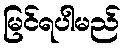
မြင်ရပါမည်